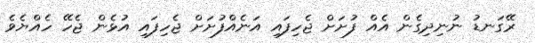
ރޭގަނޑު ނުނިދިގެން އެއް ފުށަށް ޖެހިފައި އަނެއްފުށަށް ޖެހިފައި އުޅެން ޖެހޭ ހެއްޔެވެ